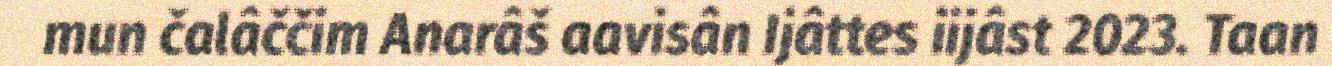
mun čalâččim Anarâš aavisân Ijâttes iijâst 2023. Taan